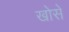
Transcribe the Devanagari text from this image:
खोसे